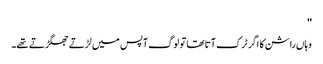
''
وہاں راشن کا اگر ٹرک آتا تھا تو لوگ آپس میں لڑتے جھگڑتے تھے۔